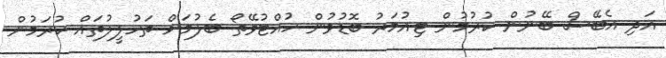
އަދި އެބޭސް ބޭނުން ކުރުމުން ޓިއުމަރު ބޮޑުވުން ހުއްޓުވޭތޯ ބެލުމަށް ތަހުލީލުތައް ކުރަމުން